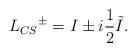
LaTeX: \begin{align*}L_{CS}{^{\pm }}=I\pm i{\frac{1}{2}}\tilde{I}.\end{align*}